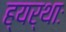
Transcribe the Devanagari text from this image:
ह्यर्थाः